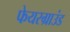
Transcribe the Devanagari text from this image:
फेयरग्राउंड